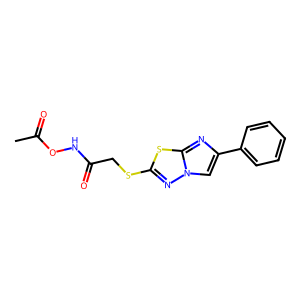
SMILES: CC(=O)ONC(=O)CSc1nn2cc(-c3ccccc3)nc2s1
Inhibits HIV replication: No